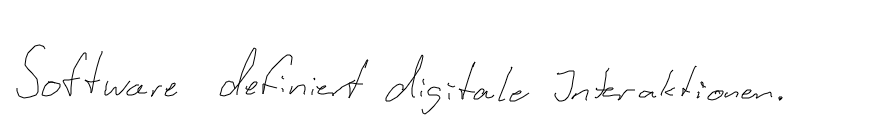
Software definiert digitale Interaktionen.